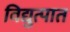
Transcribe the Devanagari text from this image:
विद्युत्पात